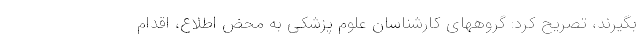
بگیرند، تصریح کرد: گروههای کارشناسان علوم پزشکی به محض اطلاع، اقدام